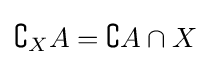
\complement _{X}A=\complement A\cap X